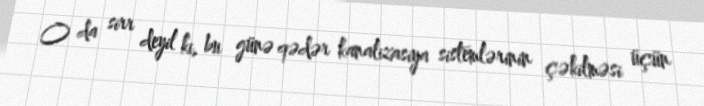
O da sirr deyil ki, bu günə qədər kanalizasiya sistemlərinin çəkilməsi üçün